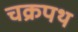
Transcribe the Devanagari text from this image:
चक्रपथ